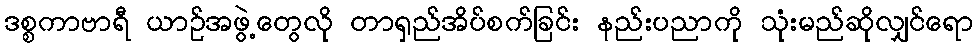
ဒစ္စကာဗာရီ ယာဉ်အဖွဲ့တွေလို တာရှည်အိပ်စက်ခြင်း နည်းပညာကို သုံးမည်ဆိုလျှင်ရော